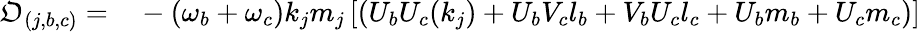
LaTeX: \begin{array}{rl}{\mathfrak{O}_{(j,b,c)}=}&{{}-{(\omega_{b}+\omega_{c})k_{j}m_{j}}\left[\left(U_{b}{U}_{c}(k_{j})+U_{b}{V}_{c}l_{b}+V_{b}{U}_{c}l_{c}+U_{b}m_{b}+{U}_{c}m_{c}\right)\right]}\end{array}